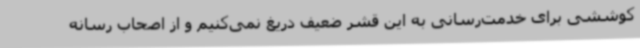
کوششی برای خدمت‌رسانی به این قشر ضعیف دریغ نمی‌کنیم و از اصحاب رسانه